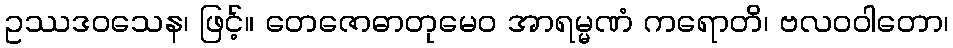
ဥဿဒဝသေန၊ ဖြင့်။ တေဇောဓာတုမေဝ အာရမ္မဏံ ကရောတိ၊ ဗလဝဝါတော၊